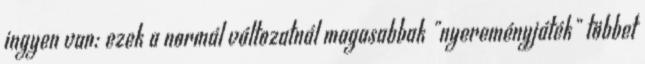
ingyen van; ezek a normál változatnál magasabbak "nyereményjáték" többet